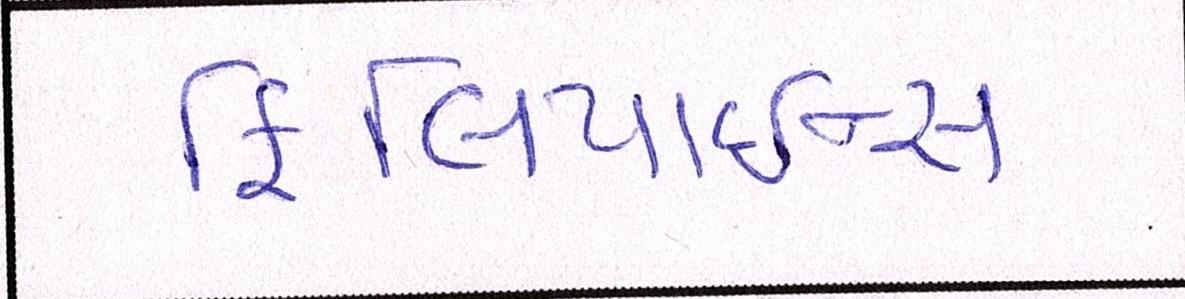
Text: ફિલિપાઇન્સ